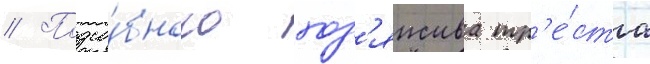
// Подсо́бного хоз'яиства тр'е́ста